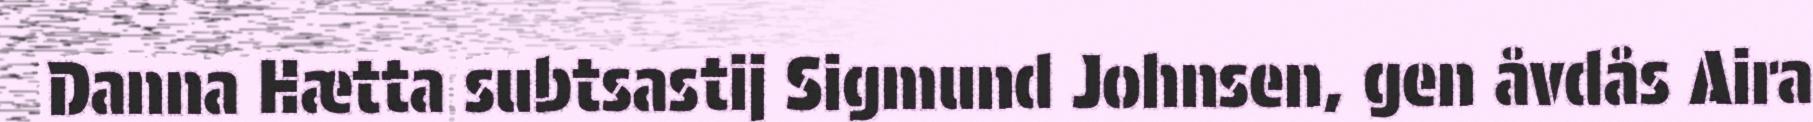
Danna Hætta subtsastij Sigmund Johnsen, gen åvdås Aira